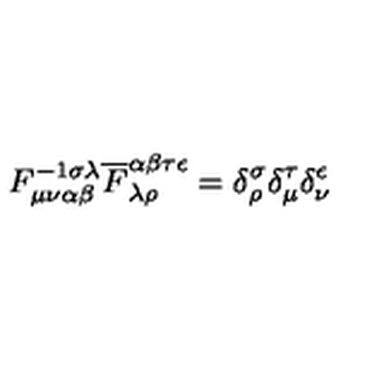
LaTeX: F _ { \mu \nu \alpha \beta } ^ { - 1 \sigma \lambda } \overline { F } _ { \lambda \rho } ^ { \alpha \beta \tau \epsilon } = \delta _ { \rho } ^ { \sigma } \delta _ { \mu } ^ { \tau } \delta _ { \nu } ^ { \epsilon }